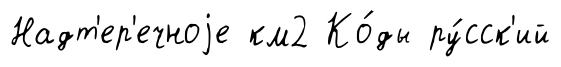
Надт'ер'ечноjе км2 Ко́ды ру́сск'ий